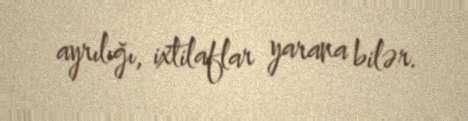
ayrılığı, ixtilaflar yarana bilər.